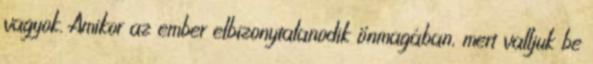
vagyok. Amikor az ember elbizonytalanodik önmagában, mert valljuk be